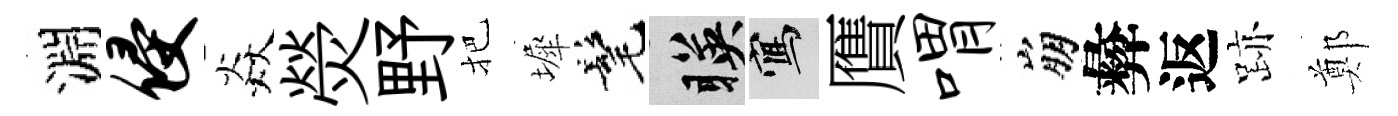
淵侵焱熒野把墀髦暎寫贋喟崩彜返跡鄭